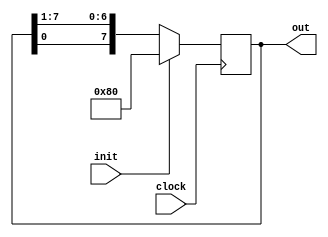
`timescale 1ns / 1ps
///////////////////////////////////////////            8 BIT RING COUNTER          /////////////////////////////////////
// Company: 
// Engineer: 
// 
// Create Date:   
// Design Name: 
// Module Name:    ringcounter 
// Project Name: 
// Target Devices: 
// Tool versions: 
// Description: 
//
// Dependencies: 
//
// Revision: 
// Revision 0.01 - File Created
// Additional Comments: 
//
//////////////////////////////////////////////////////////////////////////////////
module ringcounter(clock, init, out
    );
input clock, init;  //init is the initialization input for initializing the counter.
output reg [0:7] out;
always @ (posedge clock)
begin
if(init)
out=8'b10000000;
else
begin
out={out[7],out[0:6]};
end
end
endmodule

// Principle of operation for this 8 bit Ring Counter is that we are just moving the LSB of 8 bit counter outputer to 
// next clock pulse
// when the counter is initialized the counter output will be 10000000 and then it will move to 01000000 and start moving the MSB 1 to LSB 1.